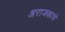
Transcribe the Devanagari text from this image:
अराजकाचे